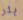
بئر